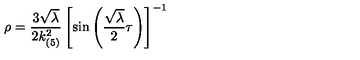
\rho = \frac { 3 \sqrt { \lambda } } { 2 k _ { ( 5 ) } ^ { 2 } } \left[ \sin \left( \frac { \sqrt { \lambda } } { 2 } \tau \right) \right] ^ { - 1 }